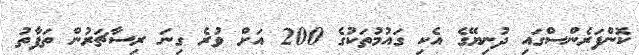
ކޮންފަރެންސްގައި ދުނިޔޭގެ އެކި ގައުމުތަކުގެ 200 އަށް ވުރެ ގިނަ ރިސާޗަރުން ތަފާތު